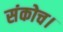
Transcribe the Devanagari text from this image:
संकोच।